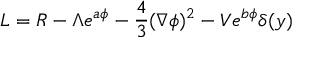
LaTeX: { \cal L } = R - \Lambda e ^ { a \phi } - \frac { 4 } { 3 } ( \nabla \phi ) ^ { 2 } - V e ^ { b \phi } \delta ( y )